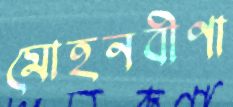
মোহনবীণা